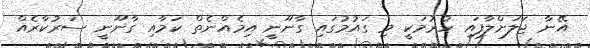
އޭނާ ޖަލަށްލާފައި ހުރުމަކީ މި ގައުމުގައި ގާނޫނީ އިމެއްނެތް ކަމާއި ގާނޫނީ ސަރުކާރެއް